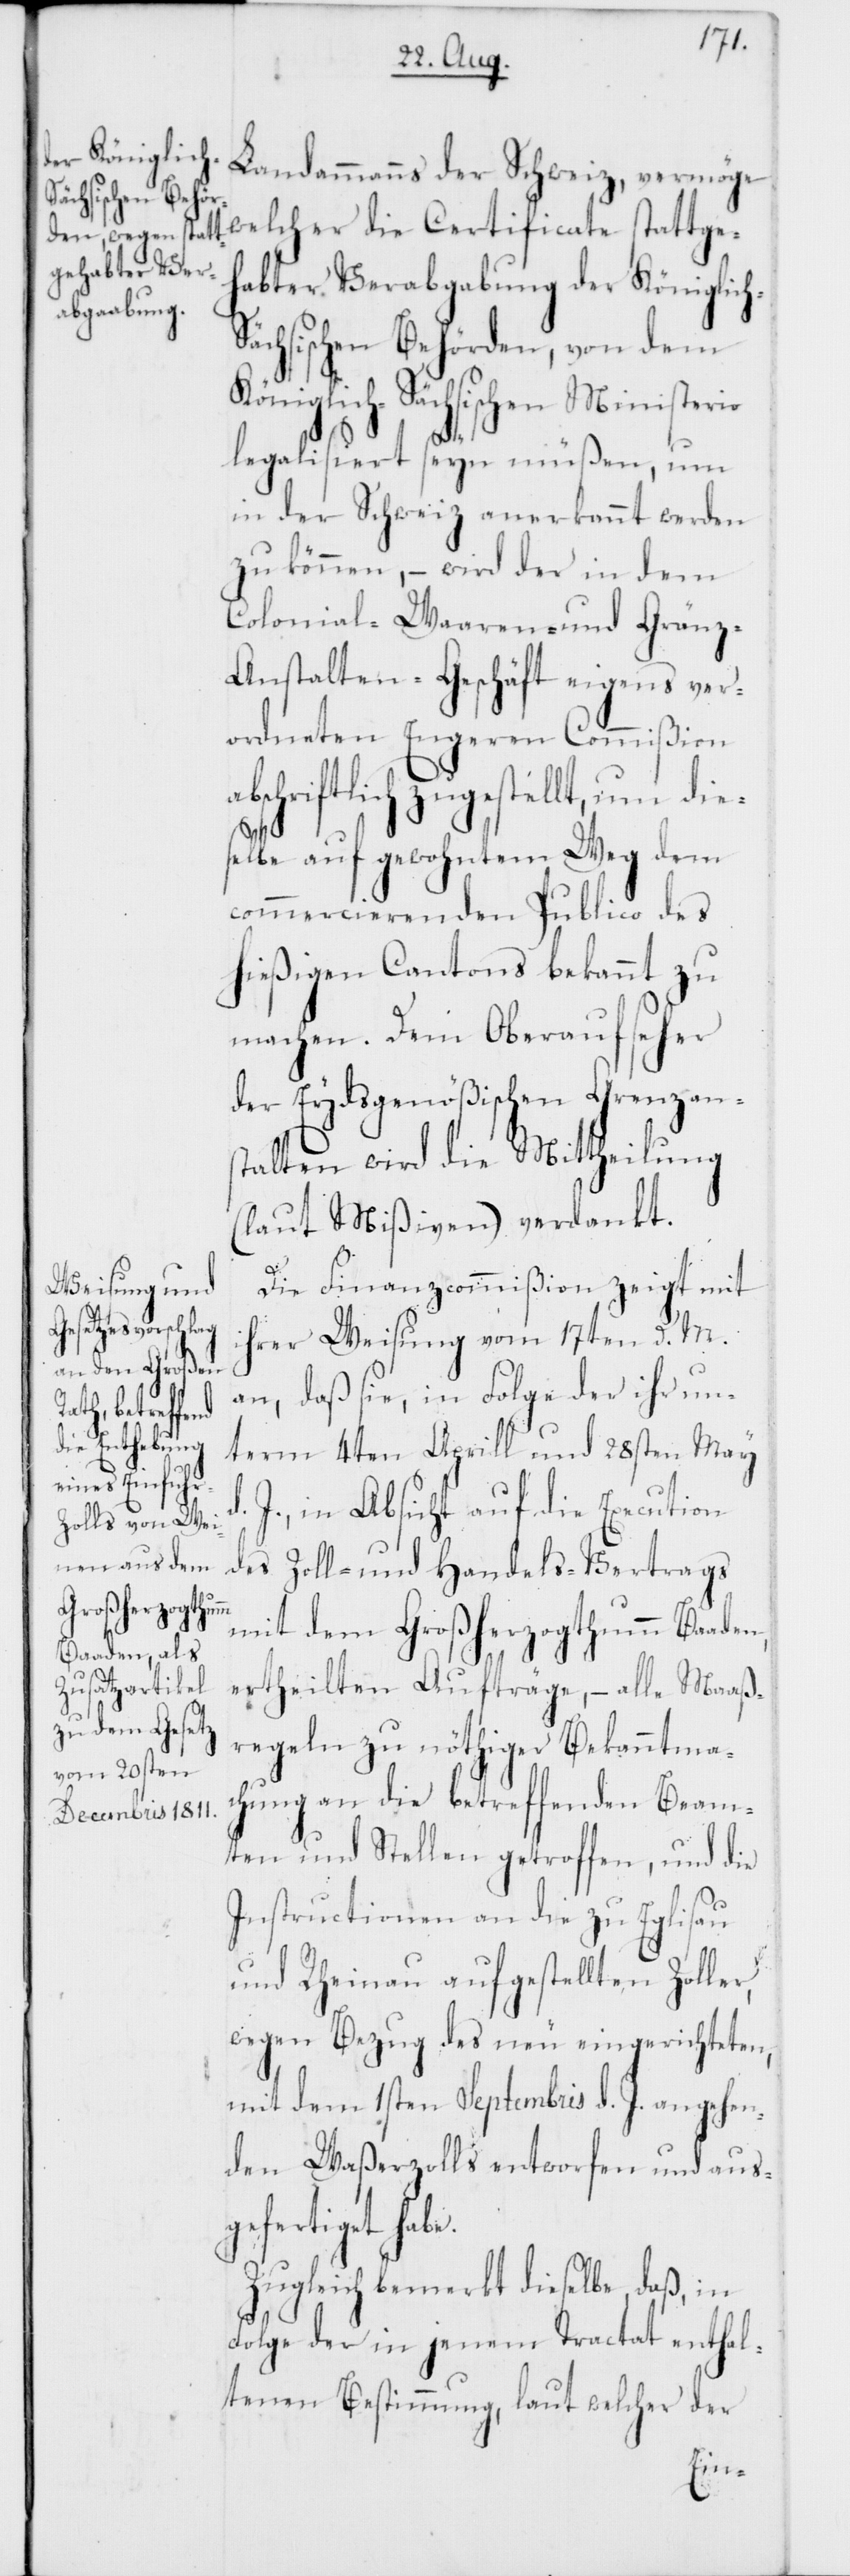
abschriftl¬
e.
h-S¬

Landammanns der Schweiz, vermöge
welcher die Certificate stattge¬
habter Verabgabung der Königlic¬
ächsischen Behörden, von dem
iglich-Sächsischen Ministerio
legalisiert seyn müßen, um
in der Schweiz anerkannt werden
zu können, – wird der in dem
Colonial-Waaren- und Gränz-A¬
nstalten-Geschäft eigens ver¬
ordneten Engeren Commißion
ich zugestellt, um di¬
elbe auf gewohntem Weg dem
commercierenden Publico des
hießigen Cantons bekannt zu
machen. Dem Oberaufseher
der Eydsgenößischen Grenzans¬
talten wird die Mittheilung
(laut Mißiven) verdankt.
Die Finanzcommißion zeigt mit
ihrer Weisung vom 17ten d. M.
an, daß sie, in Folge der ihr un¬
term 4ten Aprill und 28sten May
J., in Absicht auf die Execution
des Zoll- und Handels-Vertrags
mit dem Großerzogthumm Baaden,
ertheilten Aufträge, – alle Maaß¬
regeln zu nöthiger Bekanntma¬
chung an die betreffenden Beam¬
ten und Stellen getroffen, und die
Instructionen an die zu Eglisau
und Rheinau aufgestellten Zoller,
wegen Bezug des neu eingerichteten,
mit dem 1sten Septembris d. J. angehen¬
den Waßerzolls entworfen und aus¬
gefertiget hab¬
Zugleich bemerkt dieselbe, daß, in
Folge der in jenem Tractat enthal¬
tenen Bestimmung, laut welcher der
Kön¬